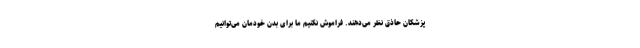
پزشکان حاذق نظر می‌دهند. فراموش نکنیم ما برای بدن خودمان می‌توانیم